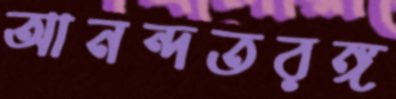
আনন্দতরঙ্গ